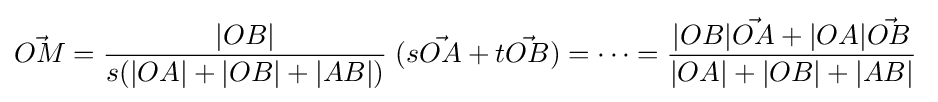
{\vec {OM}}={\frac {|OB|}{s(|OA|+|OB|+|AB|)}}\;(s{\vec {OA}}+t{\vec {OB}})=\cdots ={\frac {|OB|{\vec {OA}}+|OA|{\vec {OB}}}{|OA|+|OB|+|AB|}}\;